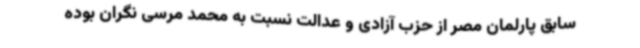
سابق پارلمان مصر از حزب آزادی و عدالت نسبت به محمد مرسی نگران بوده